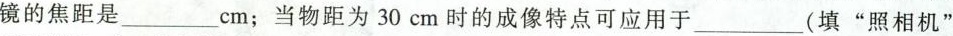
镜的焦距是___cm；当物距为30cm时的成像特点可应用于___(填”照相机”